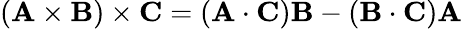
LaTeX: (\mathbf{A}\times\mathbf{B})\times\mathbf{C}=(\mathbf{A}\cdot\mathbf{C})\mathbf{B}-(\mathbf{B}\cdot\mathbf{C})\mathbf{A}